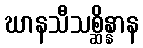
ဃာနသီသစ္ဆိန္နာန